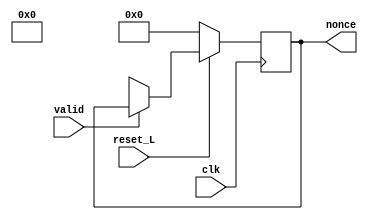
`timescale 1ns / 1ps
module generador_nonce (
    input clk,
    input reset_L,
    input valid,
    output reg [23:0] nonce
);
    

    always @(posedge clk) begin
        if (reset_L == 0) begin
            nonce <= 0;
        end
        else begin
           if (valid == 0) begin
               nonce <= $random;
           end 
        end
    end

endmodule